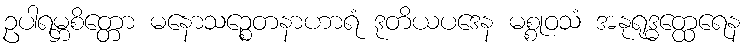
ဥပါရမ္ဘစိတ္တော မနောသဉ္စေတနာဟာရံ ဒုတိယပဒေန မစ္စုဝသံ အနုရုဒ္ဓတ္ထေရေန